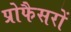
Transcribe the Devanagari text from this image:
प्रोफैसरों